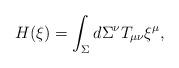
LaTeX: \begin{align*}H(\xi)=\int_{\Sigma} d\Sigma^{\nu}T_{\mu\nu}\xi^{\mu},\end{align*}